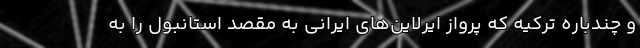
و چندباره ترکیه که پرواز ایرلاین‌های ایرانی به مقصد استانبول را به